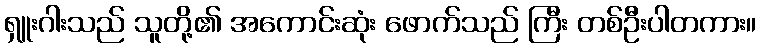
ရှူးဂါးသည် သူတို့၏ အကောင်းဆုံး ဖောက်သည် ကြီး တစ်ဦးပါတကား။